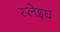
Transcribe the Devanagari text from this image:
स्लेइघ